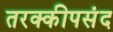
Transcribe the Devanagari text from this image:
तरक्कीपसंद